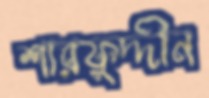
শারফুদ্দীন